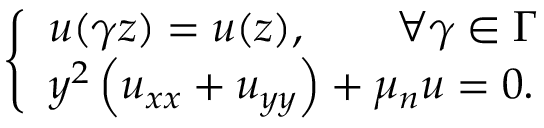
\left\{ \begin{array} { l l } { u ( \gamma z ) = u ( z ) , \qquad \forall \gamma \in \Gamma } \\ { y ^ { 2 } \left( u _ { x x } + u _ { y y } \right) + \mu _ { n } u = 0 . } \end{array} \right.